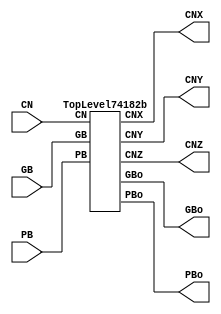
/****************************************************************************
 *                                                                          *
 *  VERILOG BEHAVIORAL DESCRIPTION OF THE TI 74182 CIRCUIT                  *
 *                                                                          *
 *  Function: Carry Lookahead Generator                                     *
 *                                                                          *
 *  Written by: Mark C. Hansen                                              *
 *                                                                          *
 *                                                                          *
 ****************************************************************************/

module Circuit74182 (CN, PB, GB, PBo, GBo, CNX, CNY, CNZ);

  input[3:0]    PB, GB;
  input	        CN;

  output	PBo, GBo, CNX, CNY, CNZ;
	
  TopLevel74182b Ckt74182b (CN, PB, GB, PBo, GBo, CNX, CNY, CNZ);

endmodule /* Circuit74182 */

/*************************************************************************/

module TopLevel74182b (CN, PB, GB, PBo, GBo, CNX, CNY, CNZ);

  input[3:0]	PB, GB;
  input         CN;

  output	PBo, GBo, CNX, CNY, CNZ;

  assign PBo = (PB[0]|PB[1]|PB[2]|PB[3]);
  assign GBo = ((GB[0]&GB[1]&GB[2]&GB[3]) | 
                (PB[1]&GB[1]&GB[2]&GB[3]) | 
                (PB[2]&GB[2]&GB[3]) | 
                (PB[3]&GB[3]));
  assign CNX = ~((PB[0]&GB[0]) | 
                 (~CN&GB[0]));
  assign CNY = ~((PB[1]&GB[1]) | 
                 (PB[0]&GB[0]&GB[1]) | 
                 (~CN&GB[0]&GB[1]));
  assign CNZ = ~((PB[2]&GB[2]) | 
                 (PB[1]&GB[1]&GB[2]) | 
                 (PB[0]&GB[0]&GB[1]&GB[2]) | 
                 (~CN&GB[0]&GB[1]&GB[2]));
  
endmodule /* TopLevel74182b */